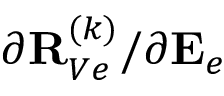
{ \partial { \bf R } _ { V e } ^ { ( k ) } } / { \partial { \bf E } _ { e } }